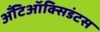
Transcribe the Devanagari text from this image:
अँटिऑक्सिडंटस